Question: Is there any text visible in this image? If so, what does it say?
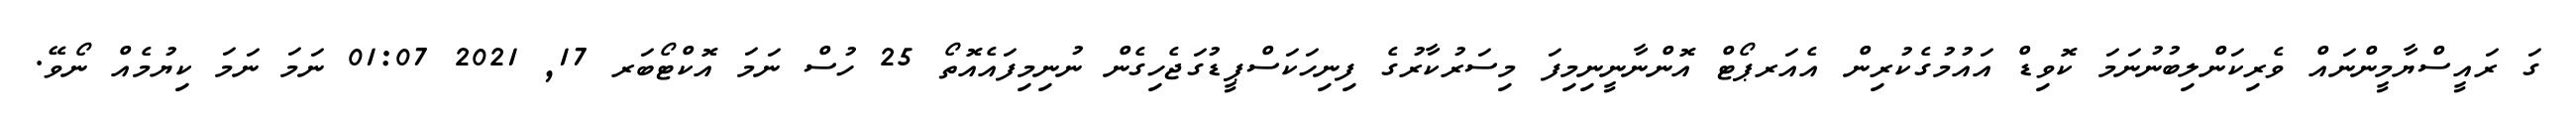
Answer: ގަ ރައީސްޔާމީންނައް ވެރިކަންލިބުނުނަމަ ކޮވިޑް އައުމުގެކުރިން އެއަރޕޯޓް އޮންނާނީނިމިފަ މިސަރުކާރުގެ ފިނިހަކަސްޕީޑުގަޖެހިގެން ނުނިމިފައެއޮތޯ 25 ހުސް ނަމަ އޮކްޓޯބަރ 17, 2021 01:07 ނަމަ ނަމަ ކިޔުމެއް ނޯވޭ.